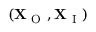
( \mathbf { X } _ { \mathrm { ~ O ~ } } , \mathbf { X } _ { \mathrm { ~ I ~ } } )